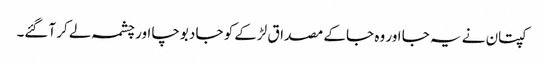
کپتان نے یہ جا اور وہ جا کے مصداق لڑکے کو جا دبوچا اور چشمہ لے کر آگئے۔